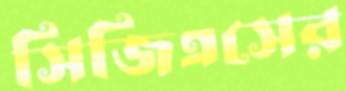
সিজিএসের